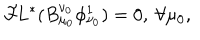
LaTeX: { \cal F } \! L ^ { * } ( B _ { \mu _ { 0 } } ^ { \nu _ { 0 } } \phi _ { \nu _ { 0 } } ^ { 1 } ) = 0 , \ \forall \mu _ { 0 } ,